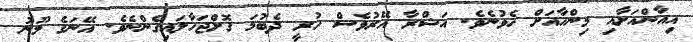
އިއާންއަށާއި މިންހާއަށް ހެވުނެވެ. އަޝްރާ އޭރުވެސް ހުރީ ދެބުމަ ގޮށްޖަހާލައިގެންނެވެ. އޭނަގެ މޫނު